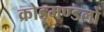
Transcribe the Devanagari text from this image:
क्रोड़मण्डलों